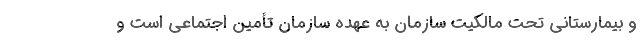
و بیمارستانی تحت مالکیت سازمان به عهده سازمان تأمین اجتماعی است و